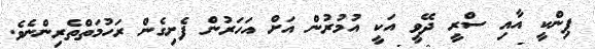
ޕިންކީ އާއި ސްރީ ދޭވީ އަކީ އުމުރުން އަށް އަހަރުން ފެށިގެން ރަހުމަތްތެރިންނެވެ.